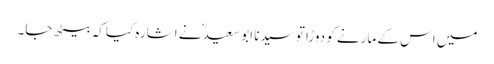
میں اس کے مارنے کو دوڑا تو سیدنا ابو سعیدؓ نے اشارہ کیا کہ بیٹھ جا۔